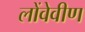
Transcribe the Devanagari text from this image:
लोंवेवीण